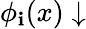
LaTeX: \phi_{\mathbf{i}}(x)\downarrow